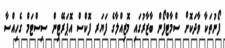
ފޯނުތަކާ ވާދަކޮށް ސްމާޓްފޯން ބާޒާރުގައި މޮޒިއްލާގެ ފަޔަރ ފޮކްސް އޮޕަރޭޓިން ސިސްޓަމް ގެހިއްސާ